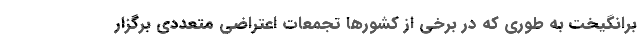
برانگیخت به طوری که در برخی از کشورها تجمعات اعتراضی متعددی برگزار